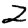
Digit: 2